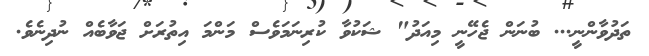
ތަދުވާންނީ... ބުނަން ޖެހޭނީ މިއަދު" ޝަކުވާ ކުރިނަމަވެސް މަންމަ އިތުރަށް ޖަވާބެއް ނުދިނެވެ.